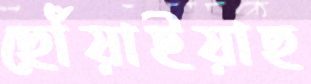
ছোঁয়াইয়াছ